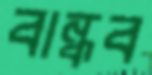
বান্ধব